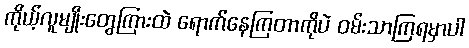
ကိုယ့်လူမျိုးတွေကြားထဲ ရောက်နေကြတာကိုပဲ ဝမ်းသာကြရမှာပါ